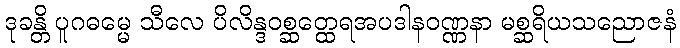
ဒုခန္တိ ပူဂဓမ္မေ သီလေ ပိလိန္ဒဝစ္ဆတ္ထေရအပဒါနဝဏ္ဏနာ မစ္ဆရိယသညောဇနံ